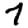
Digit: 7